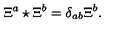
\Xi ^ { a } \star \Xi ^ { b } = \delta _ { a b } \Xi ^ { b } .